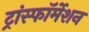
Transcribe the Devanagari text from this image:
ट्रांस्फॉर्मेशन